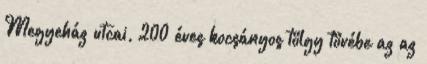
Megyeház utcai, 200 éves kocsányos tölgy tövébe az az